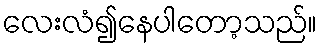
လေးလံ၍နေပါတော့သည်။